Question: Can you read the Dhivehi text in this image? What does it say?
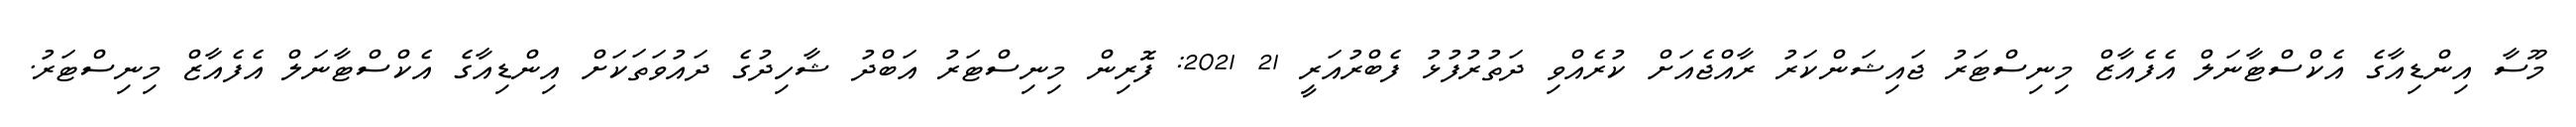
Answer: މޫސާ އިންޑިއާގެ އެކްސްޓާނަލް އެފެއާޒް މިނިސްޓަރު ޖައިޝަންކަރު ރާއްޖެއަށް ކުރެއްވި ދަތުރުފުޅު ފެބްރުއަރީ 21 2021: ފޮރިން މިނިސްޓަރު އަބްދު ޝާހިދުގެ ދައުވަތަކަށް އިންޑިއާގެ އެކްސްޓާނަލް އެފެއާޒް މިނިސްޓަރު.